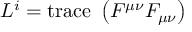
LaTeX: { \cal { L } } ^ { \uppercase \expandafter { \romannumeral 1 } } = \mathrm { { t r a c e \ } } \left( F ^ { \mu \nu } F _ { \mu \nu } \right)